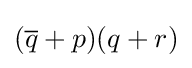
({\overline {q}}+p)(q+r)